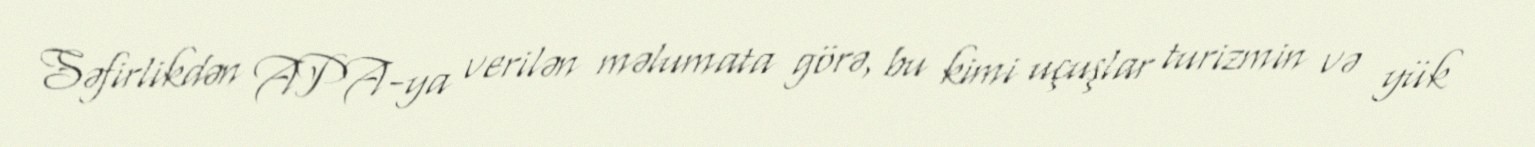
Səfirlikdən APA-ya verilən məlumata görə, bu kimi uçuşlar turizmin və yük